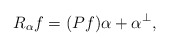
\begin{align*} R_{\alpha} f = (P f) \alpha + \alpha^{\perp}, \end{align*}